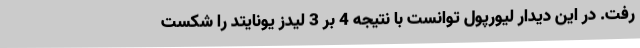
رفت. در این دیدار لیورپول توانست با نتیجه 4 بر 3 لیدز یونایتد را شکست